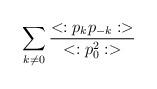
LaTeX: \begin{align*}\sum_{k \neq 0} {{<:p_k p_{-k}:>} \over {<:p_0^2:>}}\end{align*}